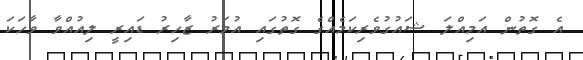
އެ ގޮތުން އަމިއްލަ ޝައުގުވެރިކަމެއްގެ ގޮތުގައި އުމަރު ޒާހިރު ޑައިރީ ލިއުއްވާ ވާހަކަ